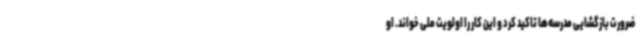
ضرورت بازگشایی مدرسه‌ها تاکید کرد و این کار را اولویت ملی خواند. او